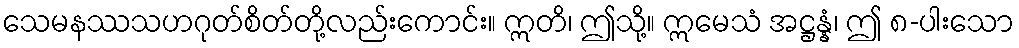
သေမနဿသဟဂုတ်စိတ်တို့လည်းကောင်း။ ဣတိ၊ ဤသို့။ ဣမေသံ အဋ္ဌန္နံ၊ ဤ ၈-ပါးသော